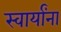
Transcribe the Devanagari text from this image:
स्वार्यांना